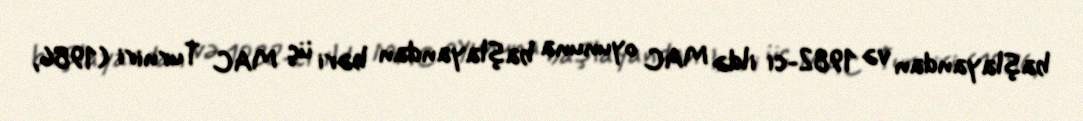
başlayandan və 1982-ci ildə MAC oyununa başlayandan bəri üç MAC Turniri (1986,